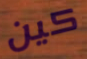
كين